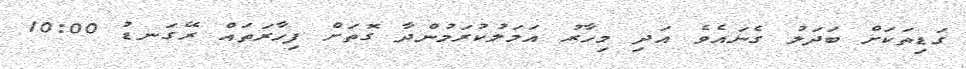
ގަޑިތަކަށް ބަދަލު ގެނައެވެ އަދި މިހާރު އަމަލުކުރަމުންދާ ގޮތަށް ފިހާރަތައް ރޭގަނޑު 10:00